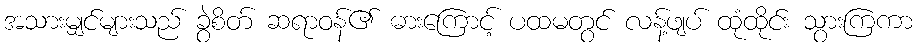
အသားမျှင်များသည် ခွဲစိတ် ဆရာဝန်၏ ဓားကြောင့် ပထမတွင် လန့်ဖျပ် ထုံထိုင်း သွားကြကာ